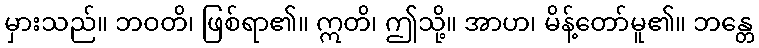
မှားသည်။ ဘဝတိ၊ ဖြစ်ရာ၏။ ဣတိ၊ ဤသို့။ အာဟ၊ မိန့်တော်မူ၏။ ဘန္တေ